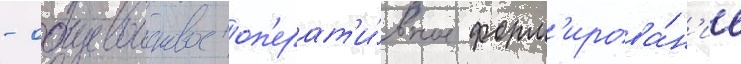
- общевоисковое оп'ерат'и́вное форм'ирова́н'ие